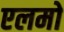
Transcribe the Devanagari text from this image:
एलमो